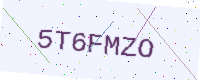
Text: 5T6FMZO